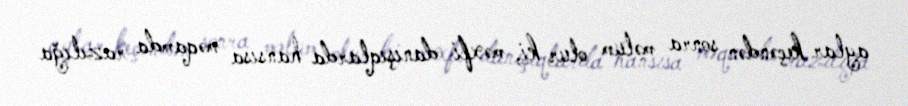
aylar keçəndən sonra məlum olur ki, məxfi danışıqlarda hansısa məqamda razılığa